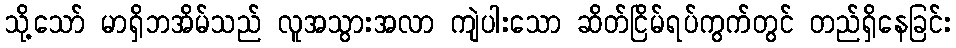
သို့သော် မာရှိဘအိမ်သည် လူအသွားအလာ ကျဲပါးသော ဆိတ်ငြိမ်ရပ်ကွက်တွင် တည်ရှိနေခြင်း